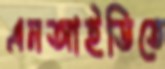
এনআইডিতে